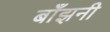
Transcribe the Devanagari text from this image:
बाँझनी